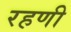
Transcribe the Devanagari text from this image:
रहणी